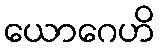
ယောဂေဟိ